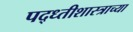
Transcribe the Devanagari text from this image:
पद्ध्तीशास्त्राच्या